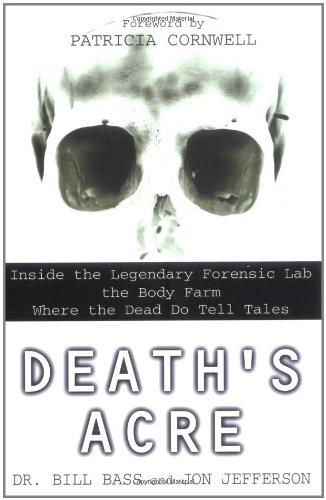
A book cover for Death's Acre: Inside the Legendary Forensic Lab the Body Farm Where the Dead Do Tell Tales; William Bass; Law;